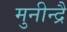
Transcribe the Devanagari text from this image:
मुनीन्द्रै